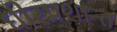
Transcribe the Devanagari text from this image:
धीरप्रशान्त